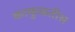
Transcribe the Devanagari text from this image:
काकुळतीस